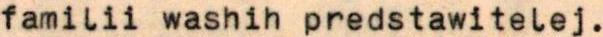
familii washih predstawitelej.